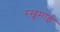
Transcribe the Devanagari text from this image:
रखूमाई